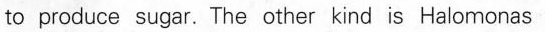
to produce sugar. The other kind is Halomonas